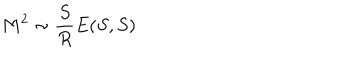
LaTeX: M ^ { 2 } \sim \frac { S } { R } E ( S , S )